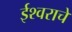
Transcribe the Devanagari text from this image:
ईश्‍वराचे